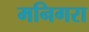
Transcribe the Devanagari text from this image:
मनिगरा